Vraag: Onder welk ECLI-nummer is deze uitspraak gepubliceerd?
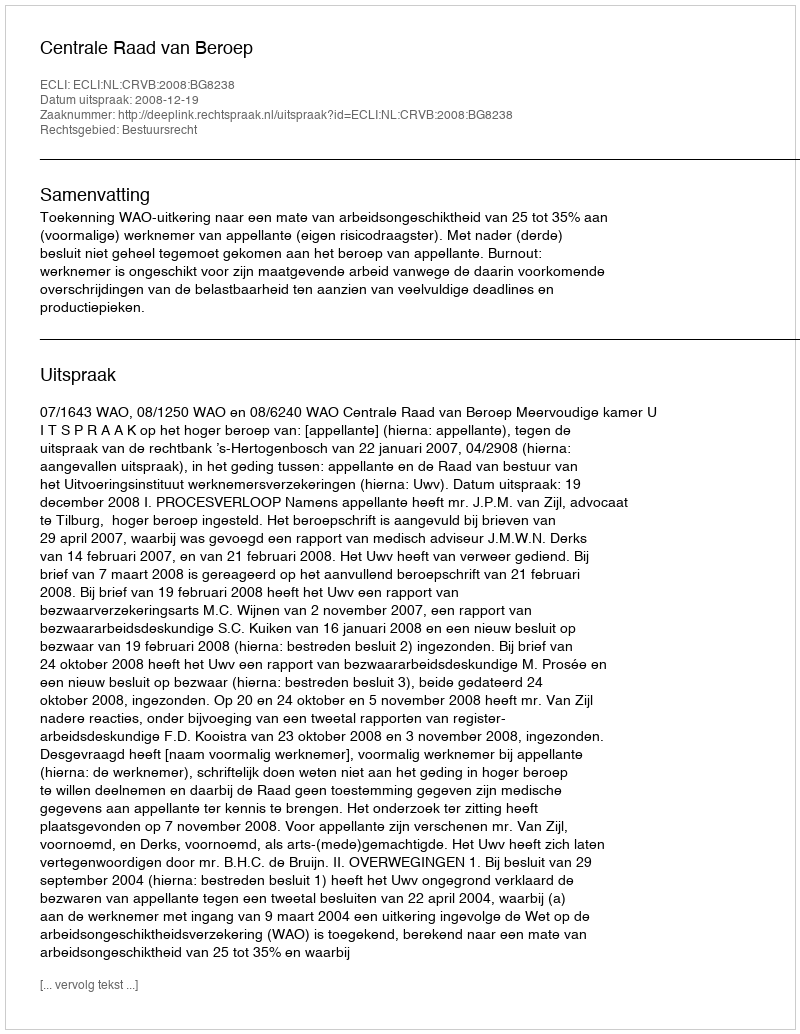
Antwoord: ECLI:NL:CRVB:2008:BG8238